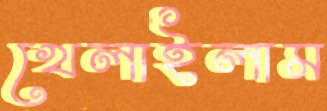
খেলাইলাম